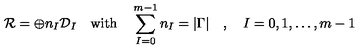
{ \cal R } = \oplus n _ { I } { \cal D } _ { I } \quad \mathrm { w i t h } \quad \sum _ { I = 0 } ^ { m - 1 } n _ { I } = | \Gamma | \quad , \quad I = 0 , 1 , \ldots , m - 1